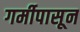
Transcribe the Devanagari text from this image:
गर्मीपासून